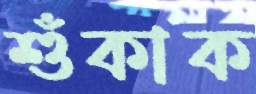
শুঁকাক